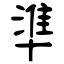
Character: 準